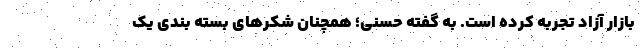
بازار آزاد تجربه کرده است. به گفته حسنی؛ همچنان شکرهای بسته بندی یک